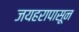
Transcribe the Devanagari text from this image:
जयहरापासून